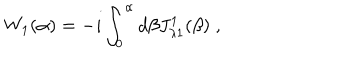
LaTeX: W _ { 1 } ( \alpha ) = - i \int _ { 0 } ^ { \alpha } d \beta J _ { \lambda 1 } ^ { 1 } ( \beta ) \; ,